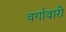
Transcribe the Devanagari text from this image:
वर्गावारी